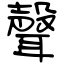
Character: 聲